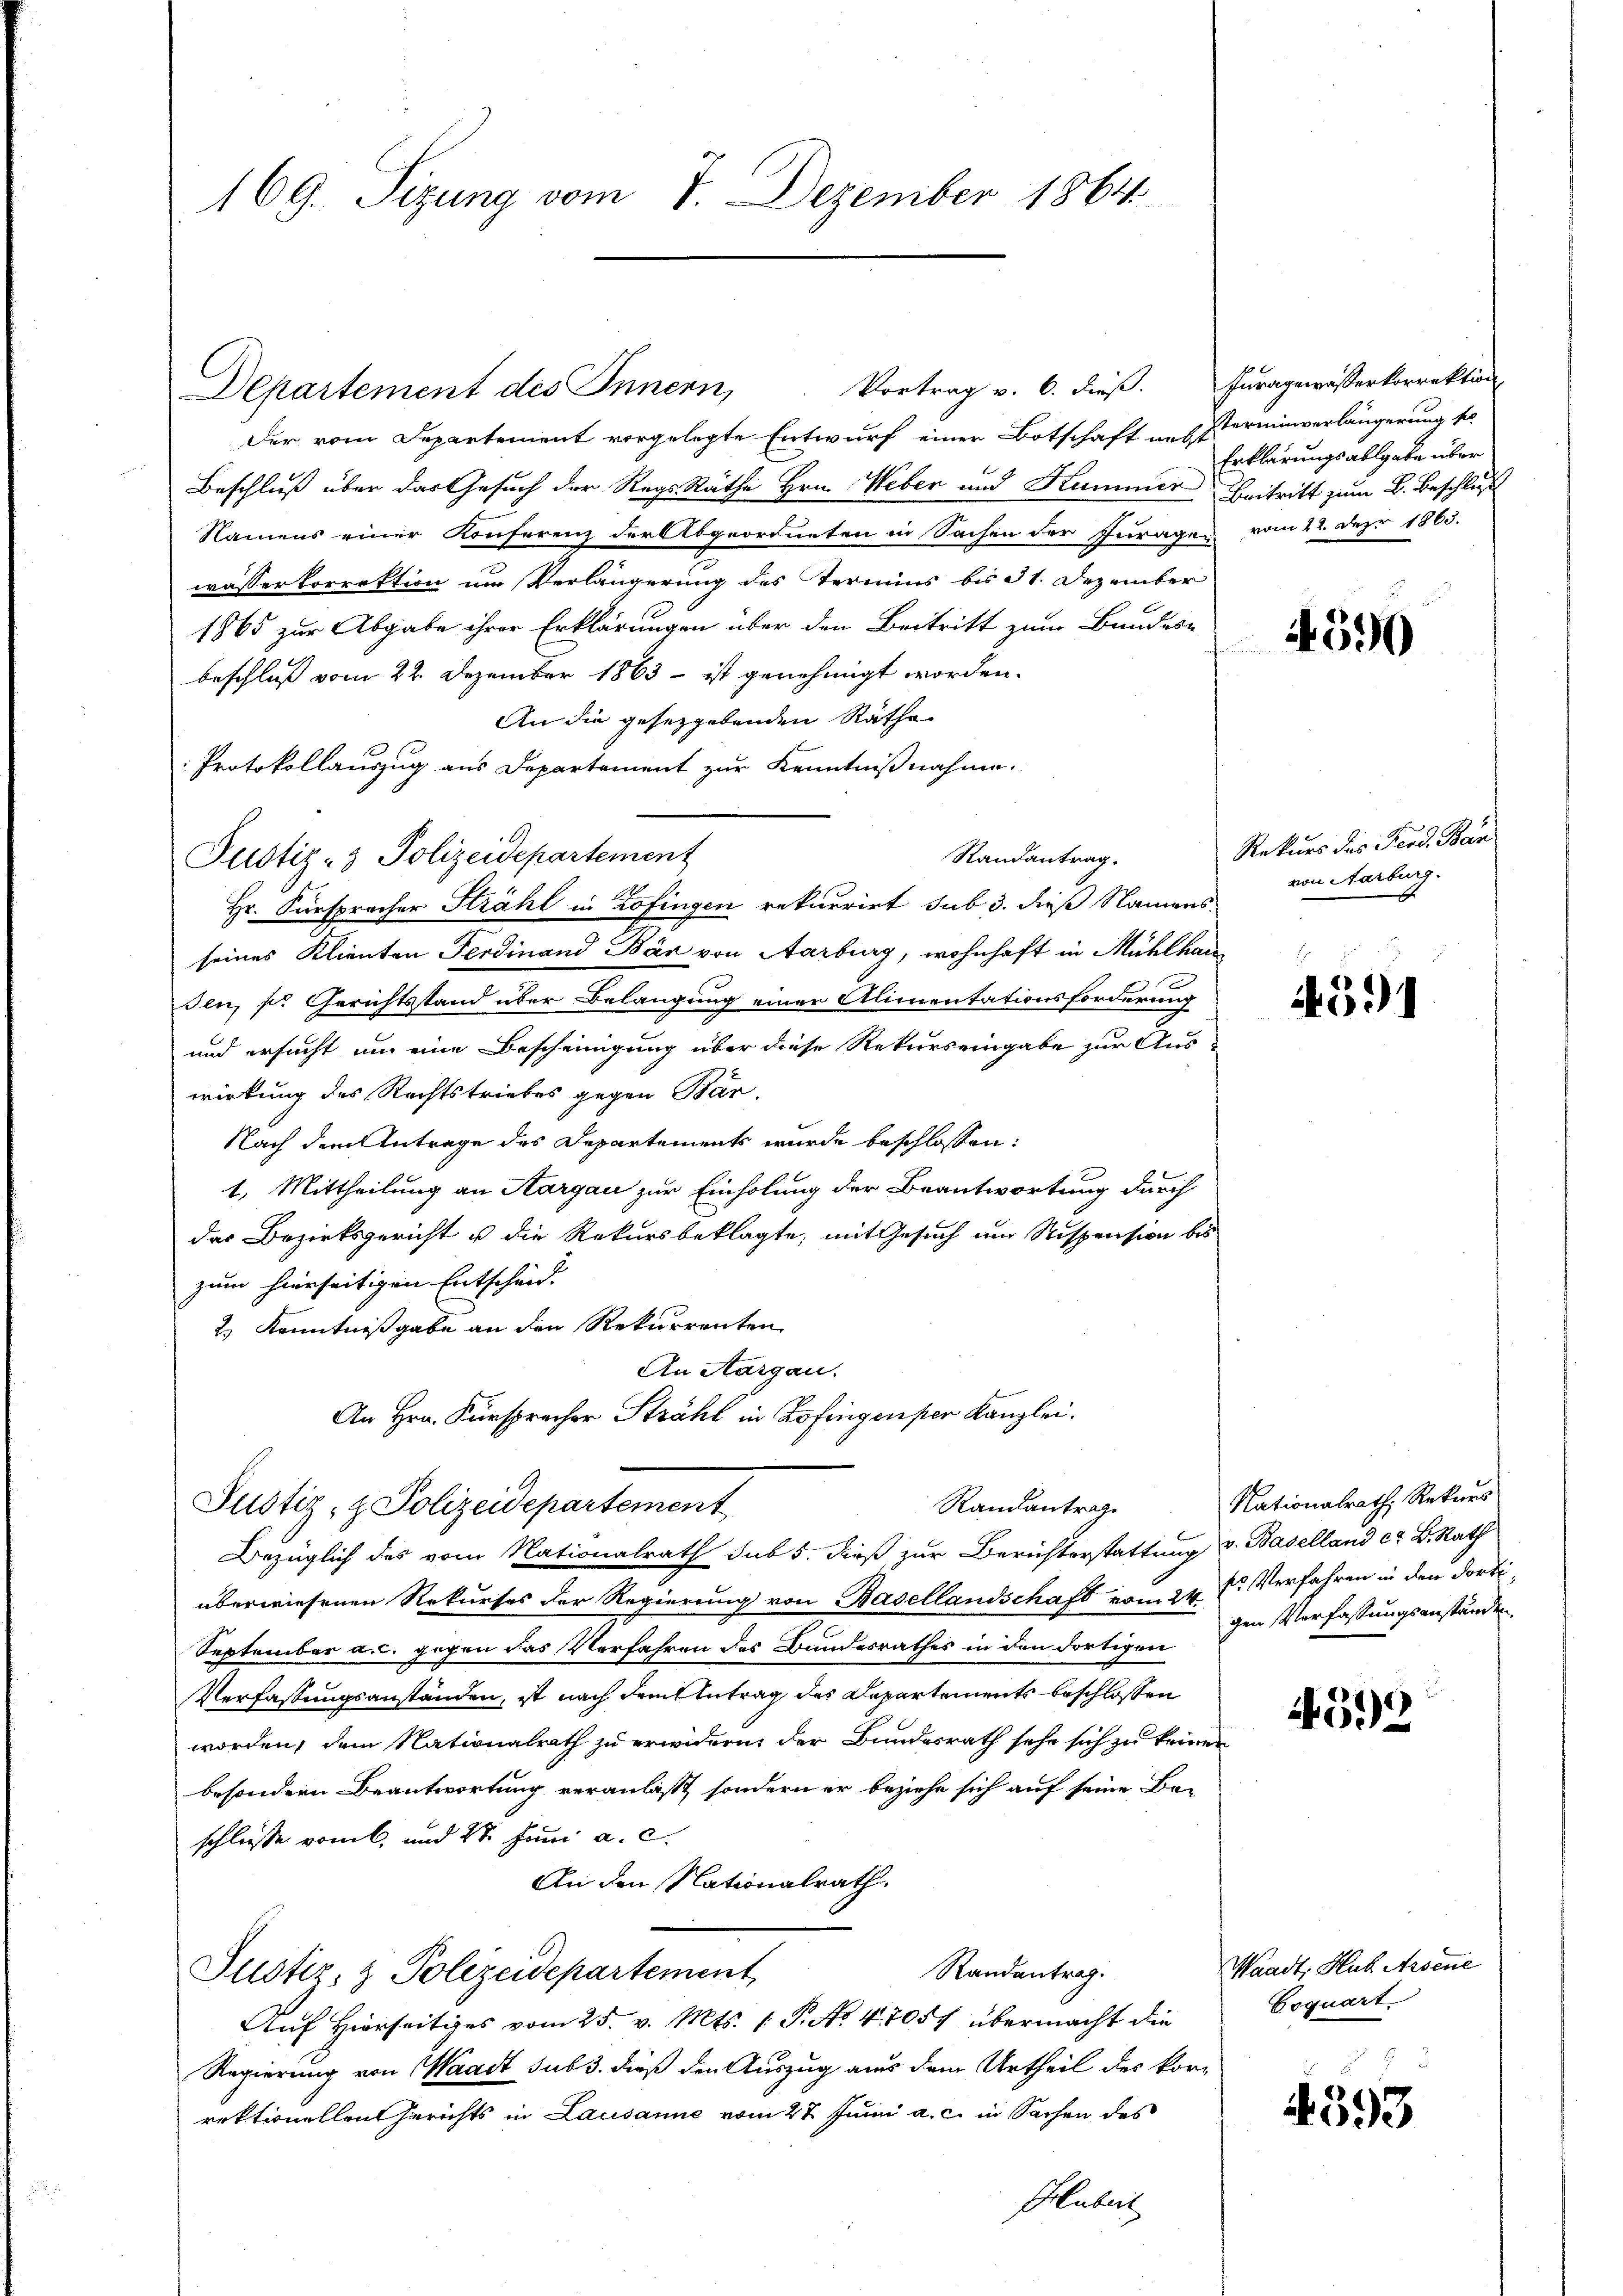
169. Sizung vom 7. Dezember 1864

Departement des Innern,
Der vom Departement vorgelegte Entwurf einer Botschaft ins Sterminverlängerung se
Beschluß über das Gesuch der Regs-Räthe Hrn. Weber und Kummer Beitritt zum B. Beschluß
Namens einer Konferenz der Abgeordneten in Sachen der Furagen vom 22. Jezr 1863.
wasserkorrektion um Verlängerung des Termins bis 31. Dezember
1865 zur Abgabe ihrer Erklärungen über den Beitritt zum Bundes-
beschluß vom 22. Dezember 1863 - ist genehmigt worden.
An die gesetzgebenden Räthe
Protokollauszug aus Departement zur Kenntnißnahme
Randantrag.
Hr. Fürsprocher Strahl in Zofingen rekurrirt sub 3. dieß Namens-
seines Klienten Ferdinand Bär von Aarburg, wohnhaft in Mühlhau
den, pr Gerichtsstand über Belangung einer Alimentationsforderung
und ersucht um eine Bescheinigung über diese Rekurs eingabe zur Auswirkung des Rechtstriebes gegen Bar-
Nach dem Antrage des Departements wurde beschlossen:
1. Mittheilung an Aargau zur Einholung der Beantwortung durch
das Bezirksgericht u die Rekursbeklagte, mit Gesuch und Sispension bis
zum hierseitigen Entscheid.
2.) Kenntnißgabe an den Rekurrenten
An Aargau.
An Hrn. Fürsprecher Strahl in Zofingenper Kanzlei.
Justiz- & Polizeidepartement
Randantrag
Bezüglich des vom Nationalrath sub 5. dieß zur Berichterstattung v. Baselland er B. Rath
überwiesenen Rekurses der Regierung von Basellandschaft vom 24. er Verfahren in den dorti¬
September a. c. gegen das Verfahren des Bundesrathes in den dortigen
Verfassungsanständen, ist nach dem Antrag des Departements beschlossen
worden, dem Nationalrath zu erwidern der Bundesrath sehe sich zu keinen
besondern Beantwortung veranlaßt, sondern er beziehe sich auf seine Be-
schliesse vom 6. und 2t Juni a. c.
An den Nationalrath.
Randantrag.
Justiz- & Polizeidepartement
Auf Hierseitiges vom 25. v. Mts. 1. P. No. 47057 übermacht die
Regierung von Waadt sub 3. dieß den Auszug aus dem Urtheil des Vorrektionellen Gerichts in Lausanne vom 27. Junii a. c. in Sachen des
Hubert

Justiz- & Polizeidepartement

Vortrag v. 6. dieß. Iuragewasserkorrektion

Erklärungsabgabe über

Rekurs des Ferd. Ban
von Aarburg.

4590

.
4591

Nationalrath, Rekurs
gen Verfassungsanständen.

4592

Waadt, Hub Arsene
Eoquart.

4593